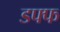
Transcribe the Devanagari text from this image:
डफ्फ